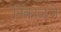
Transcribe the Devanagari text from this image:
निकाळजे